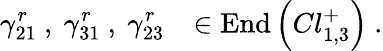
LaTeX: \gamma_{21}^{r}~,~\gamma_{31}^{r}~,~\gamma_{23}^{r}~~~\in\mathrm{End}\left(Cl_{1,3}^{+}\right)~.